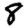
Digit: 8